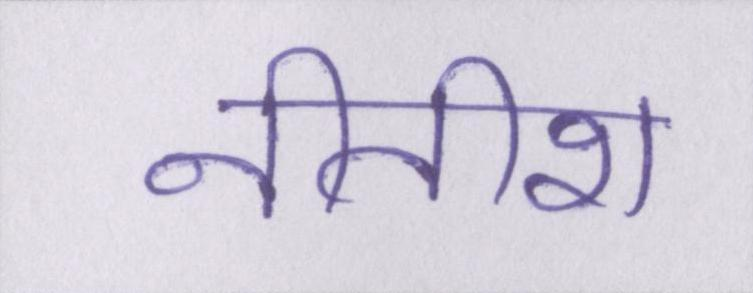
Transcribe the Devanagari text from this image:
नीतीश